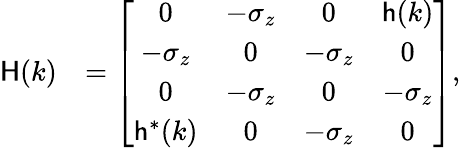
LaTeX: \begin{array}{rl}{{\sf H}(k)}&{=\left[\begin{array}{cccc}{0}&{-\sigma_{z}}&{0}&{{\sf h}(k)}\\ {-\sigma_{z}}&{0}&{-\sigma_{z}}&{0}\\ {0}&{-\sigma_{z}}&{0}&{-\sigma_{z}}\\ {{\sf h}^{*}(k)}&{0}&{-\sigma_{z}}&{0}\end{array}\right],}\end{array}